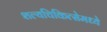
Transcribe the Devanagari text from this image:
शल्यचिकित्सेमध्ये